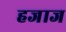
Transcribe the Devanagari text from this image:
हजाज